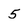
Character: 5